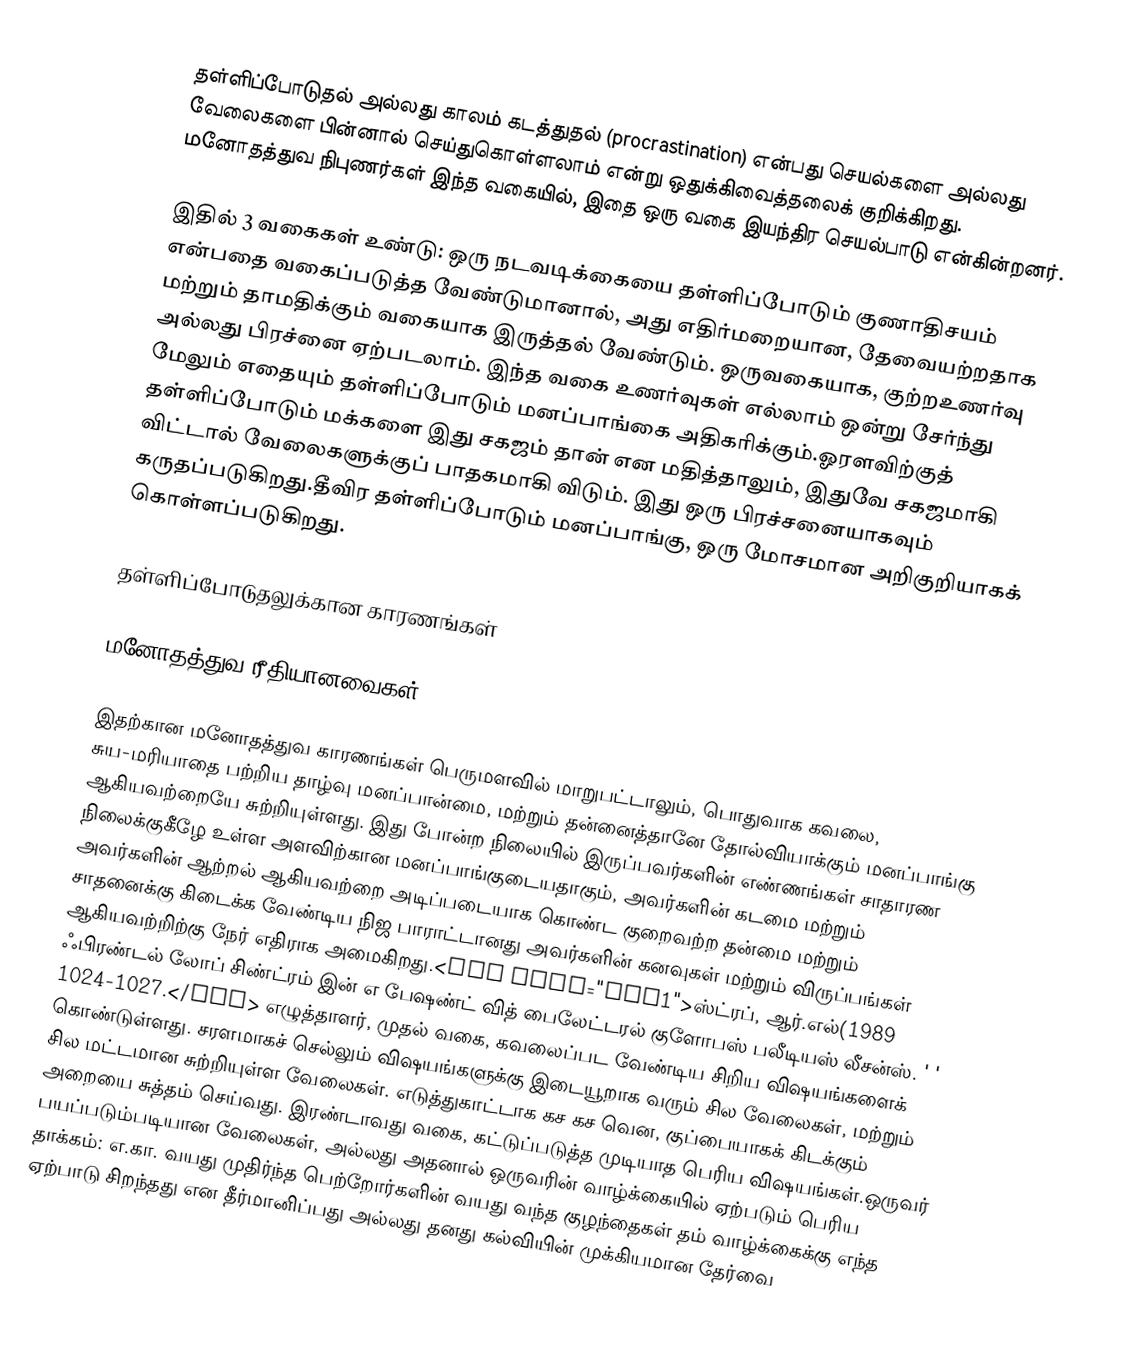
தள்ளிப்போடுதல் அல்லது காலம் கடத்துதல் (procrastination) என்பது செயல்களை அல்லது வேலைகளை பின்னால் செய்துகொள்ளலாம் என்று ஒதுக்கிவைத்தலைக் குறிக்கிறது. மனோதத்துவ நிபுணர்கள் இந்த வகையில், இதை ஒரு வகை இயந்திர செயல்பாடு என்கின்றனர்.

 இதில் 3 வகைகள் உண்டு: ஒரு நடவடிக்கையை தள்ளிப்போடும் குணாதிசயம் என்பதை வகைப்படுத்த வேண்டுமானால், அது எதிர்மறையான, தேவையற்றதாக மற்றும் தாமதிக்கும் வகையாக இருத்தல் வேண்டும். ஒருவகையாக, குற்றஉணர்வு  அல்லது பிரச்னை ஏற்படலாம். இந்த வகை உணர்வுகள் எல்லாம் ஒன்று சேர்ந்து மேலும் எதையும் தள்ளிப்போடும் மனப்பாங்கை அதிகரிக்கும்.ஓரளவிற்குத் தள்ளிப்போடும் மக்களை இது சகஜம் தான் என மதித்தாலும், இதுவே சகஜமாகி விட்டால் வேலைகளுக்குப் பாதகமாகி விடும். இது ஒரு பிரச்சனையாகவும் கருதப்படுகிறது.தீவிர தள்ளிப்போடும் மனப்பாங்கு, ஒரு  மோசமான அறிகுறியாகக் கொள்ளப்படுகிறது.

தள்ளிப்போடுதலுக்கான காரணங்கள்

மனோதத்துவ ரீதியானவைகள்

இதற்கான மனோதத்துவ காரணங்கள் பெருமளவில் மாறுபட்டாலும், பொதுவாக கவலை, சுய-மரியாதை பற்றிய தாழ்வு மனப்பான்மை, மற்றும் தன்னைத்தானே தோல்வியாக்கும் மனப்பாங்கு ஆகியவற்றையே சுற்றியுள்ளது. இது போன்ற நிலையில் இருப்பவர்களின் எண்ணங்கள் சாதாரண நிலைக்குகீழே உள்ள அளவிற்கான மனப்பாங்குடையதாகும், அவர்களின் கடமை மற்றும் அவர்களின் ஆற்றல் ஆகியவற்றை அடிப்படையாக கொண்ட குறைவற்ற தன்மை மற்றும் சாதனைக்கு கிடைக்க வேண்டிய நிஜ பாராட்டானது அவர்களின் கனவுகள் மற்றும் விருப்பங்கள் ஆகியவற்றிற்கு நேர் எதிராக அமைகிறது.<ref name="ref1">ஸ்ட்ரப், ஆர்.எல்(1989 ஃபிரண்டல் லோப் சிண்ட்ரம் இன் எ பேஷண்ட் வித் பைலேட்டரல் குளோபஸ் பலீடியஸ் லீசன்ஸ். ' ' 1024-1027.</ref> எழுத்தாளர், முதல் வகை, கவலைப்பட வேண்டிய சிறிய விஷயங்களைக் கொண்டுள்ளது. சரளமாகச் செல்லும் விஷயங்களுக்கு இடையூறாக வரும் சில வேலைகள், மற்றும் சில மட்டமான சுற்றியுள்ள வேலைகள். எடுத்துகாட்டாக கச கச வென, குப்பையாகக் கிடக்கும் அறையை சுத்தம் செய்வது. இரண்டாவது வகை, கட்டுப்படுத்த முடியாத பெரிய விஷயங்கள்.ஒருவர் பயப்படும்படியான வேலைகள், அல்லது அதனால் ஒருவரின் வாழ்க்கையில் ஏற்படும் பெரிய தாக்கம்: எ.கா. வயது முதிர்ந்த பெற்றோர்களின் வயது வந்த குழந்தைகள் தம் வாழ்க்கைக்கு எந்த ஏற்பாடு சிறந்தது என தீர்மானிப்பது அல்லது தனது கல்வியின் முக்கியமான தேர்வை